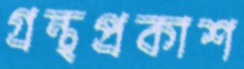
গ্রন্থপ্রকাশ